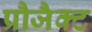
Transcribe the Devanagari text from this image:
प्रौजैक्ट